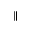
\parallel